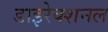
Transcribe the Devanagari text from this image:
डाइरेक्शनल